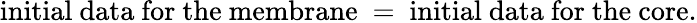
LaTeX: \mathrm{initial~data~for~the~membrane~=~initial~data~for~the~core.}